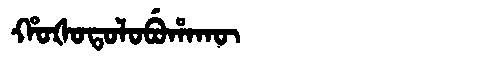
Manchu: ᡥᠣᡧᠣᡨᠣᠯᠣᠪᡠᡥᠠᡴᡡ
Romanization: HOŠOTOLOBUHAKŪ